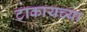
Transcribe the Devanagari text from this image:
टाकायच्या